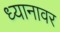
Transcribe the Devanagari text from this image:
ध्यानावर